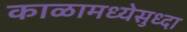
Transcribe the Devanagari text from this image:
काळामध्येसुध्दा